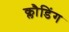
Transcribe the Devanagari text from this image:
क्लौडिंग